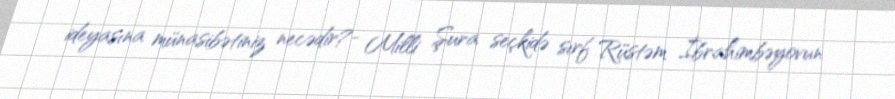
ideyasına münasibətiniz necədir?- Milli Şura seçkidə sırf Rüstəm İbrahimbəyovun